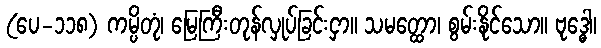
(ပေ-၁၁၈) ကမ္ပိတုံ၊ မြေကြီးတုန်လှုပ်ခြင်းငှာ။ သမတ္ထော၊ စွမ်းနိုင်သော။ ဗုဒ္ဓေါ၊